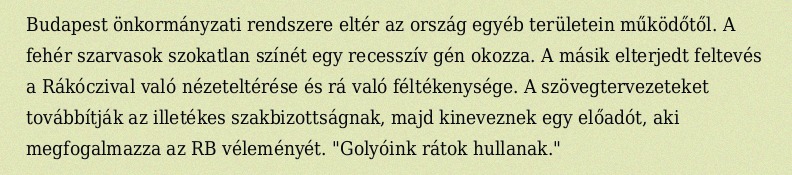
Budapest önkormányzati rendszere eltér az ország egyéb területein működőtől. A fehér szarvasok szokatlan színét egy recesszív gén okozza. A másik elterjedt feltevés a Rákóczival való nézeteltérése és rá való féltékenysége. A szövegtervezeteket továbbítják az illetékes szakbizottságnak, majd kineveznek egy előadót, aki megfogalmazza az RB véleményét. "Golyóink rátok hullanak."